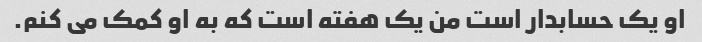
او یک حسابدار است من یک هفته است که به او کمک می کنم.